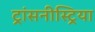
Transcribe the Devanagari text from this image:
ट्रांसनीस्ट्रिया